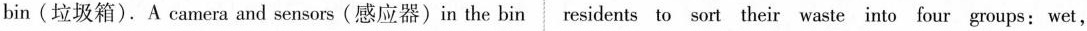
bin(垃圾箱).A camera and sensors(感应器)in the bin residents to sort their waste into four groups: wet,